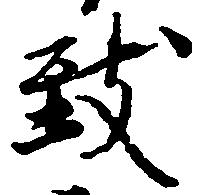
致